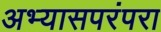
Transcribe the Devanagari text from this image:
अभ्यासपरंपरा